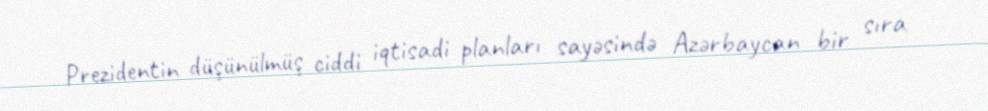
Prezidentin düşünülmüş ciddi iqtisadi planları sayəsində Azərbaycan bir sıra